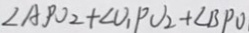
\angle A P O _ { 2 } + \angle v _ { 1 } P v _ { 2 } + \angle B P O